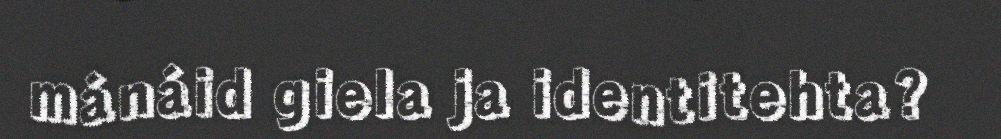
mánáid giela ja identitehta?